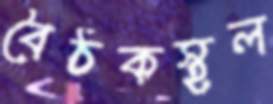
বৈঠকস্থল